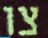
צו